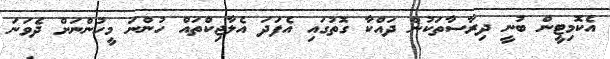
އެކޮމިޓީން ބުނީ ދިރާސާތަކުން ދައްކާ ގޮތުގައި އެފަދަ އެލާޖިކްތައް ހުންނަ މީހުންނަށް ދެވަނަ